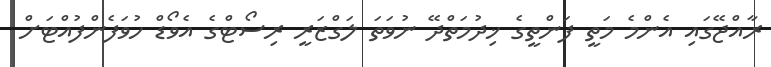
ރާއްޖޭގައި އެންމެ މަތީ ފަންތީގެ ޚިދުމަތްދޭ ނުވަތަ ލަގްޒަރީ ރިސޯޓްގެ އެވޯޑް ހުވަފެންފުއްޓަށް